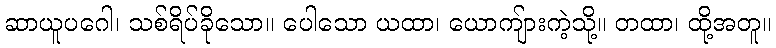
ဆာယူပဂေါ၊ သစ်ရိပ်ခိုသော။ ပေါသော ယထာ၊ ယောကျ်ားကဲ့သို့။ တထာ၊ ထို့အတူ။